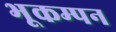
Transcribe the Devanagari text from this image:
भूकम्पन